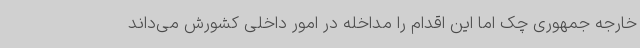
خارجه جمهوری چک اما این اقدام را مداخله در امور داخلی کشورش می‌داند